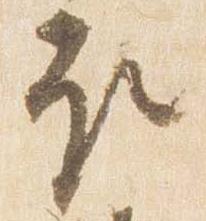
取